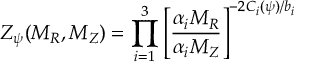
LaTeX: Z _ { \psi } ( M _ { R } , M _ { Z } ) = \prod _ { i = 1 } ^ { 3 } \left[ \frac { \alpha _ { i } { M _ { R } } } { \alpha _ { i } { M _ { Z } } } \right] ^ { - 2 C _ { i } ( \psi ) / b _ { i } }